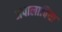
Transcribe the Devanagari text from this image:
अपालाचिया